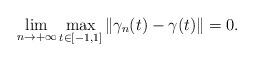
LaTeX: \begin{align*}\lim_{n\to+\infty}\max_{t\in[-1,1]}\Vert\gamma_n(t)-\gamma(t)\Vert=0.\end{align*}